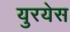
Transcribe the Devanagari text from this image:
युरयेस